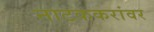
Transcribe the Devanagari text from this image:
नाटककरांवर